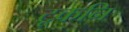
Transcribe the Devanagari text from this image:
टूकनि